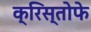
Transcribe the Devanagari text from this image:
क्रिस्तोफे